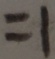
= 1